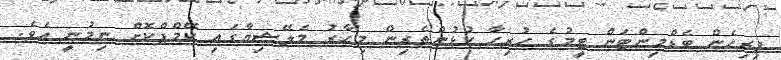
ފިރިހެން ބެޑްމިންޓަން ޓީމުގެ ހުރިހާ ކުޅުންތެރިން މިހާރު މެލޭޝިޔާގައި ކޭމްޕްކޮށް ނިމުނީ އެވެ.